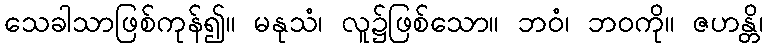
သေခါသာဖြစ်ကုန်၍။ မနုသံ၊ လူ၌ဖြစ်သော။ ဘဝံ၊ ဘဝကို။ ဇဟန္တိ၊